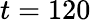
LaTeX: t=120